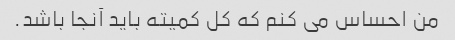
من احساس می کنم که کل کمیته باید آنجا باشد.